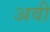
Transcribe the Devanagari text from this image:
अवी